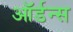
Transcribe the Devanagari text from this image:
ऑर्डन्स